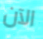
الآن